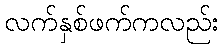
လက်နှစ်ဖက်ကလည်း